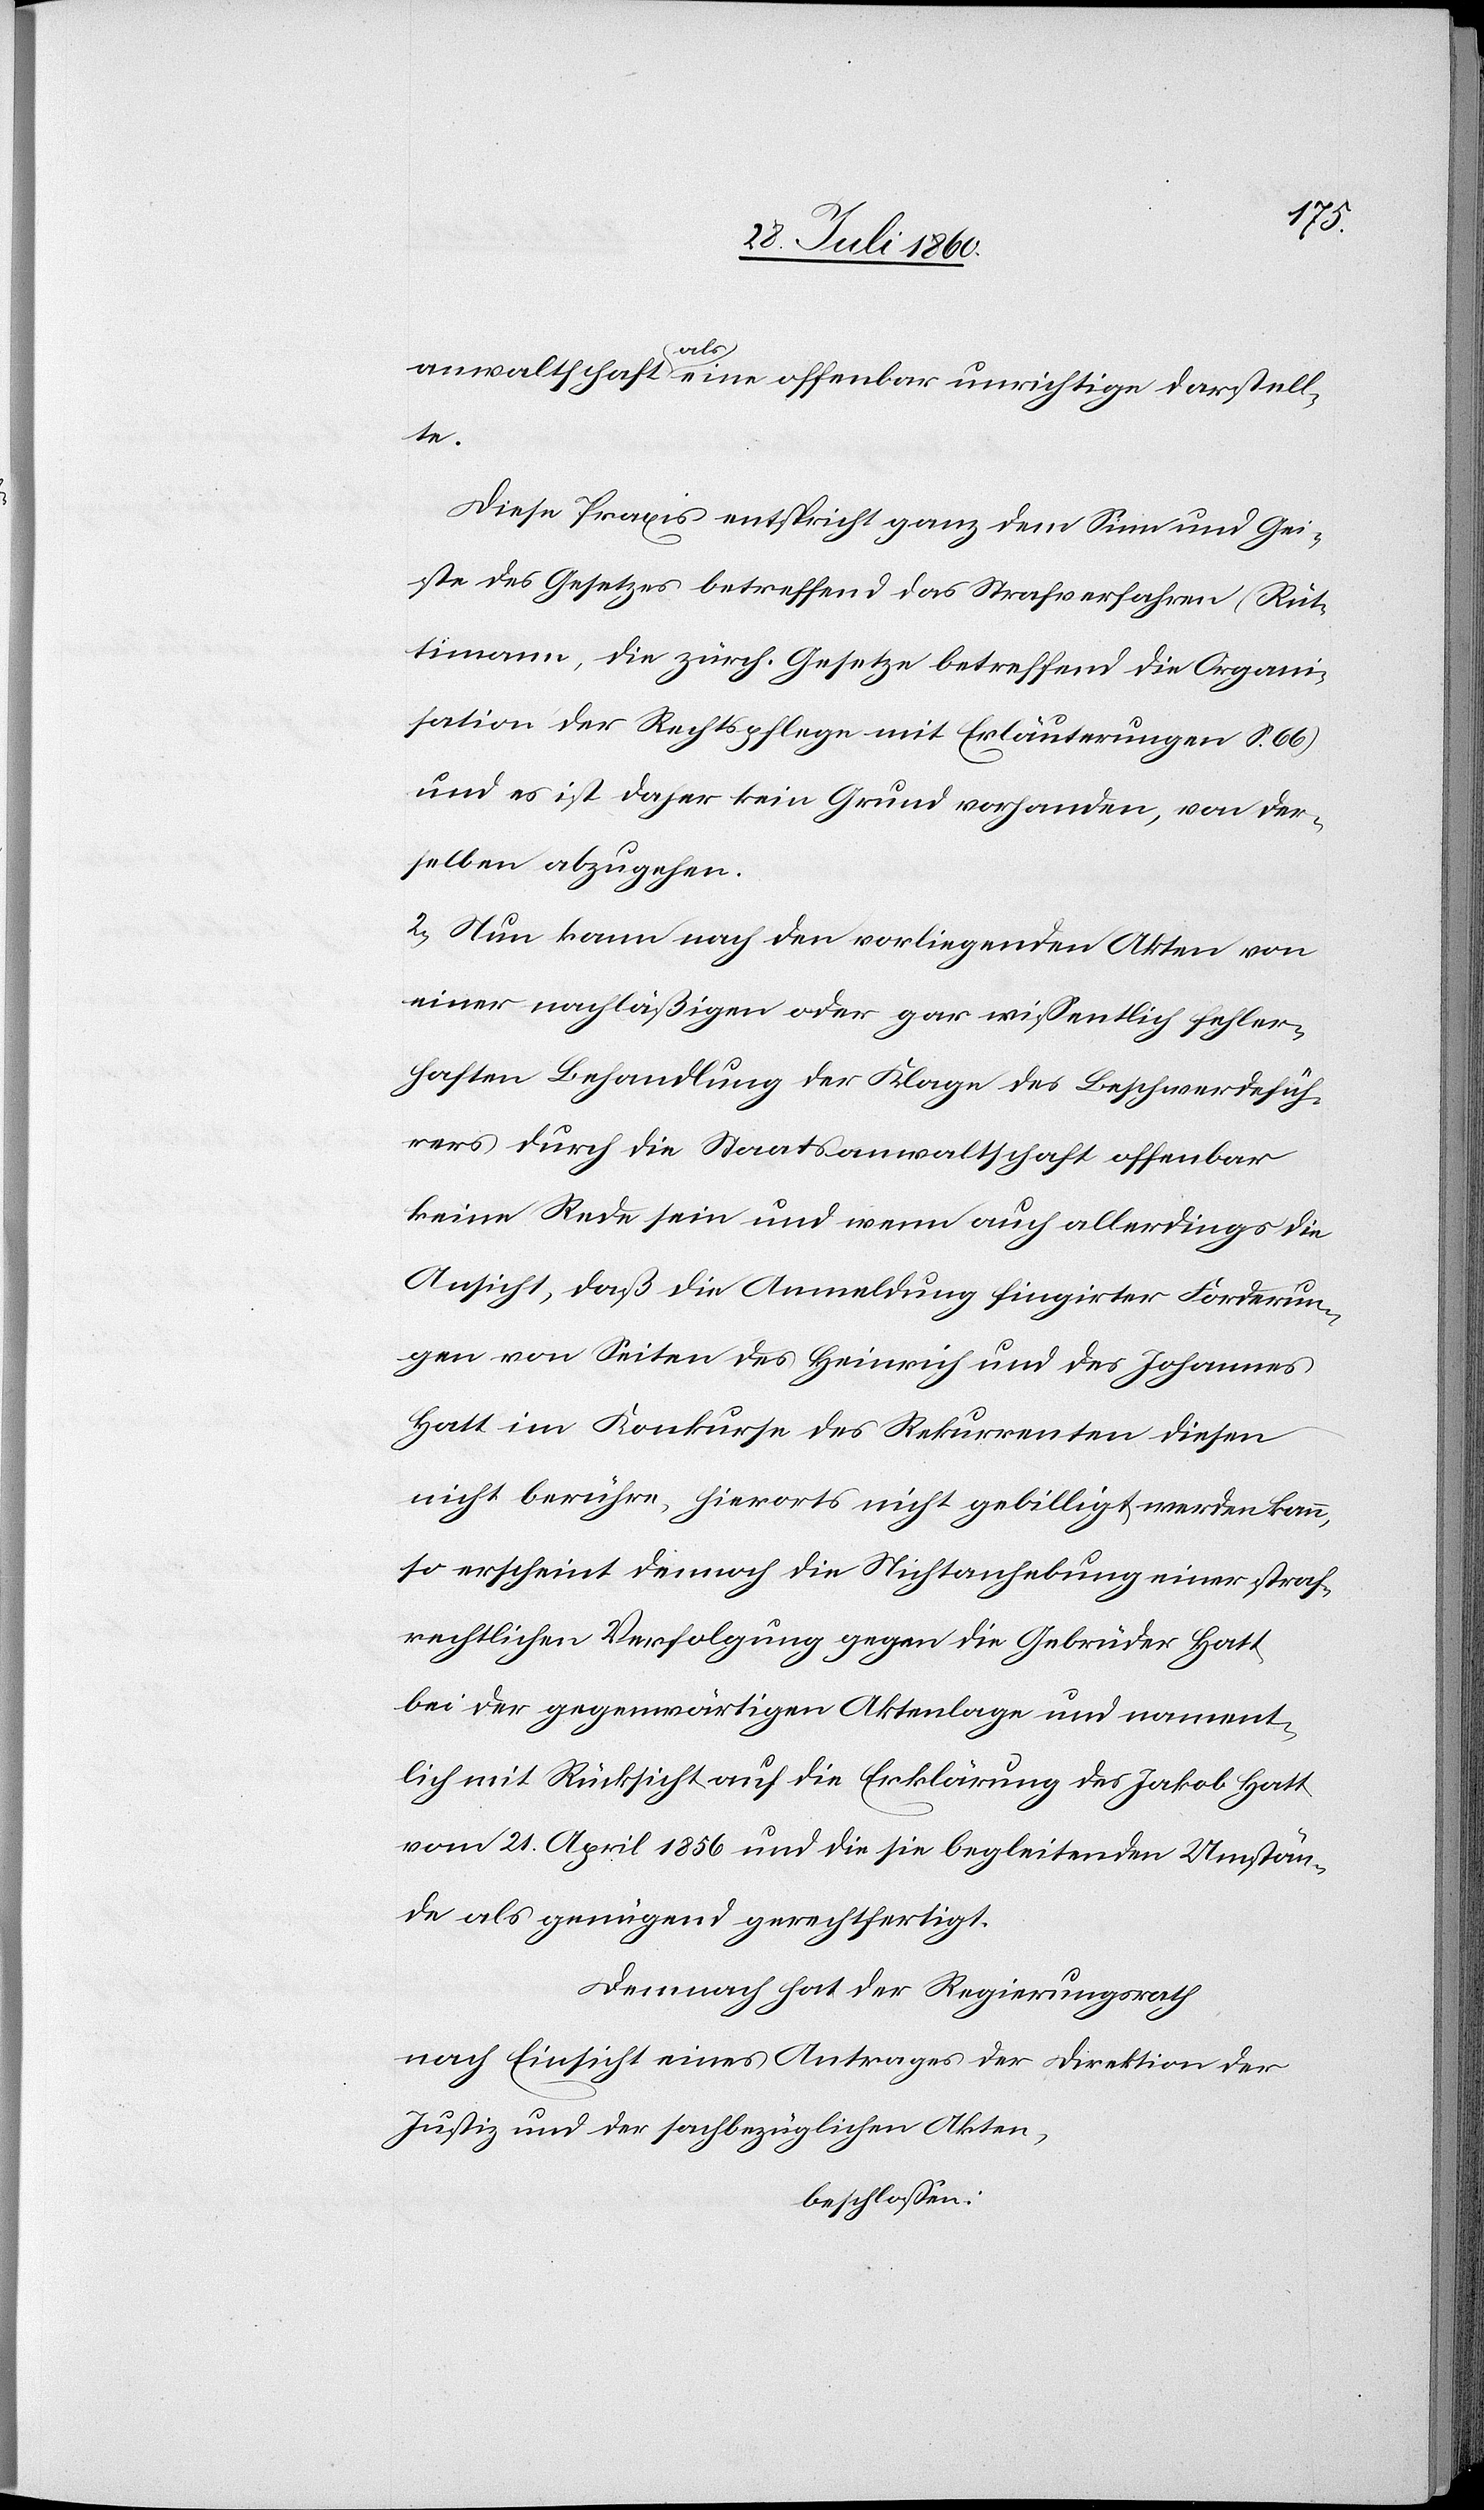
anwaltschaft als eine offenbar unrichtige darstell¬
te.
Diese Praxis entspricht ganz dem Sinn und Gei¬
ste des Gesetzes betreffend das Strafverfahren (Rüt¬
timann, die zürch. Gesetze betreffend die Organi¬
sation der Rechtspflege mit Erläuterungen S. 66)
und es ist daher kein Grund vorhanden, von der¬
selben abzugehen.
2. Nun kann nach den vorliegenden Akten von
einer nachlässigen oder gar wissentlich fehler¬
haften Behandlung der Klage des Beschwerdefüh¬
rers durch die Staatsanwaltschaft offenbar
keine Rede sein und wenn auch allerdings die
Ansicht, daß die Anmeldung fingirter Forderun¬
gen von Seiten des Heinrich und des Johannes
Hatt im Konkurse des Rekurrenten diesen
nicht berühre, hierorts nicht gebilligt werden kann,
so erscheint dennoch die Nichtanhebung einer straf¬
rechtlichen Verfolgung gegen die Gebrüder Hatt
bei der gegenwärtigen Aktenlage und nament¬
lich mit Rücksicht auf die Erklärung des Jakob Hatt,
vom 21. April 1856 und die sie begleitenden Umstän¬
de als genügend gerechtfertigt.
Demnach hat der Regierungsrath,
nach Einsicht eines Antrages der Direktion der
Justiz und der sachbezüglichen Akten,
beschlossen: